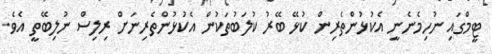
ޓީމްގައި ނުހިމެނެނީ އެކުޅުންތެރިން ކުޅޭ ބޭރު ކުލަބުތަކުން އެކުޅުންތެރިނަށް ރިލިސް ނުލިބޭތީ އެވެ.